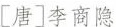
[唐]李商隐